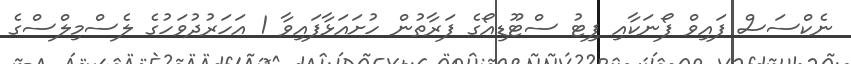
ނެކްސަސް ފައިވް ފޯނަކާއި ފިޓު ސްޓޫޑިއޯގެ ފަރާތުން ހުށައަޅާފައިވާ 1 އަހަރުދުވަހުގެ ލެސްމިލްސްގެ